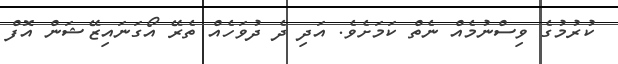
ކުރުމުގެ ވިސްނުމެއް ނެތް ކަމަށެވެ. އަދި ދެ ދުވަހެއް ތެރޭ އޯގަނައިޒޭޝަން އޮފް